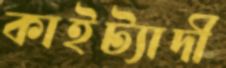
কাইট্যাদী